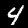
Label: 4